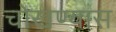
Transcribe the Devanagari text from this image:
चोखण्यास